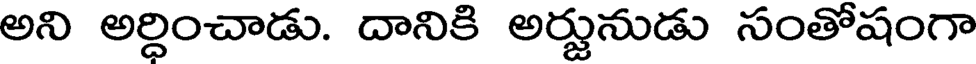
అని అర్దించాడు. దానికి అర్జునుడు సంతోషంగా